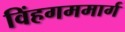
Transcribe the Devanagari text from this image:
विंहगममार्ग